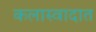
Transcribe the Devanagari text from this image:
कलास्वादात